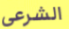
الشرعي